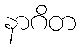
နာဂိတ